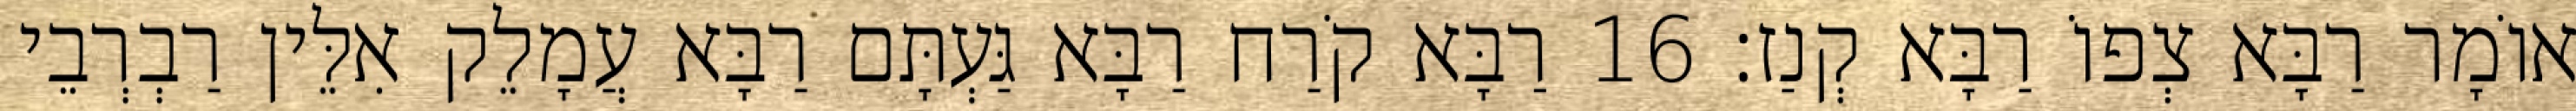
אוֹמָר רַבָּא צְפוֹ רַבָּא קְנַז׃ 16 רַבָּא קֹרַח רַבָּא גַּעְתָּם רַבָּא עֲמָלֵק אִלֵּין רַבְרְבֵי